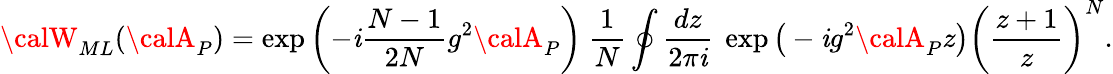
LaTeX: {\calW}_{ML}({\calA}_{P})=\exp\left(-\mathit{i}\frac{{N-1}}{{2N}}g^{2}{\calA}_{P}\right)~\frac{{1}}{{N}}\oint\frac{{dz}}{{2\pi\mathit{i}}}~\exp\big(-\mathit{i}g^{2}{\calA}_{P}z\big)\bigg(\frac{{z+1}}{{z}}\bigg)^{N}.